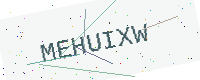
Text: MEHUIXW